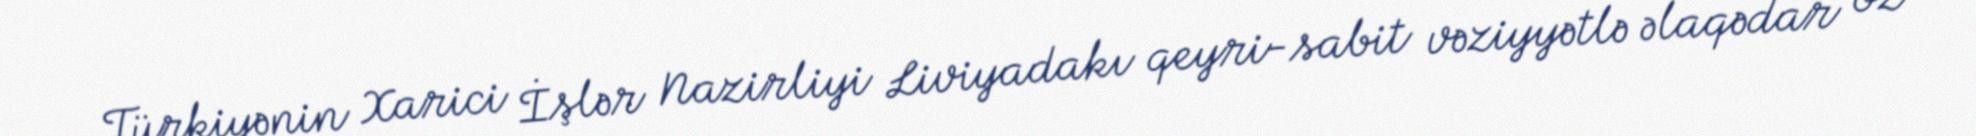
Türkiyənin Xarici İşlər Nazirliyi Liviyadakı qeyri-sabit vəziyyətlə əlaqədar öz